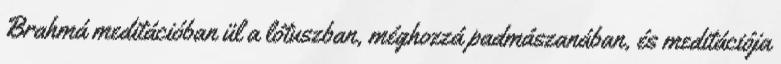
Brahmá meditációban ül a lótuszban, méghozzá padmászanában, és meditációja